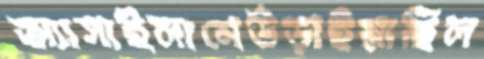
অ্যাসাইলামেউড়াইয়াছিল